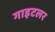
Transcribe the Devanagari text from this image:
गाइटलर